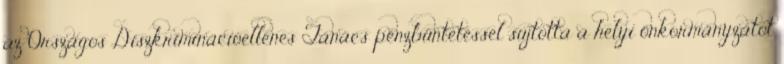
az Országos Diszkriminációellenes Tanács pénzbüntetéssel sújtotta a helyi önkormányzatot